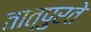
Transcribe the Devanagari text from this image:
तात्पुरतेे